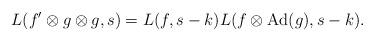
LaTeX: \begin{align*} L(f' \otimes g \otimes g, s) = L(f,s-k)L(f\otimes\mathrm{Ad}(g),s-k).\end{align*}